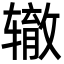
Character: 辙